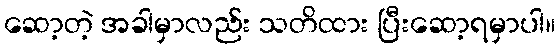
ဆော့တဲ့ အခါမှာလည်း သတိထား ပြီးဆော့ရမှာပါ။